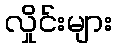
လှိုင်းများ